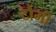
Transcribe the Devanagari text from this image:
टौमी